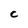
Character: c